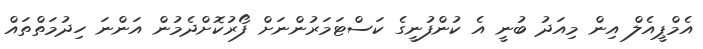
އެމްޕީއެލް އިން މިއަދު ބުނީ އެ ކުންފުނީގެ ކަސްޓަމަރުންނަށް ފޯރުކޮށްދެމުން އަންނަ ހިދުމަތްތައް